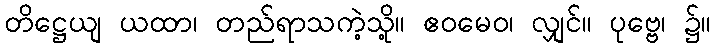
တိဋ္ဌေယျ ယထာ၊ တည်ရာသကဲ့သို့။ ဧဝမေဝ၊ လျှင်။ ပုဗ္ဗေ၊ ၌။